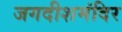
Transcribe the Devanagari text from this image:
जगदीशमंदिर